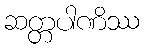
ဆတ္တပါဏိဿ